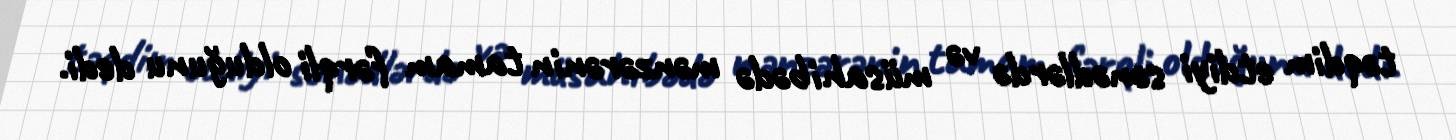
təqdim etdiyi sənədlərdə və müsahibədə mənzərənin tamam fərqli olduğunu dedi.